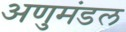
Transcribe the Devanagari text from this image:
अणुमंडल